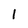
Character: 1